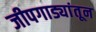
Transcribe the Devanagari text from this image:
जीपगाड्यांतून